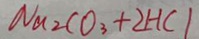
N a _ { 2 } C O _ { 3 } + 2 H C l